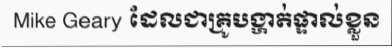
Mike Geary ដែលជាគ្រូបង្ហាត់ផ្ទាល់ខ្លួន